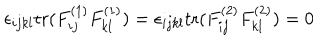
\epsilon _ { i j k l } \mathrm { t r } ( F _ { i j } ^ { ( 1 ) } F _ { k l } ^ { ( 1 ) } ) = \epsilon _ { i j k l } \mathrm { t r } ( F _ { i j } ^ { ( 2 ) } F _ { k l } ^ { ( 2 ) } ) = 0